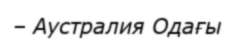
– Аустралия Одағы